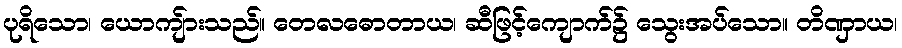
ပုရိသော၊ ယောကျ်ားသည်။ တေလဓောတာယ၊ ဆီဖြင့်ကျောက်၌ သွေးအပ်သော။ တိဏှာယ၊